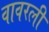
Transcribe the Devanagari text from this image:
वावरली